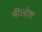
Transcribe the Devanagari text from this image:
मीलोश